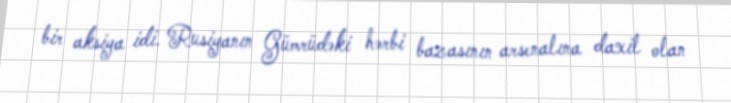
bir aksiya idi. Rusiyanın Gümrüdəki hərbi bazasının arsenalına daxil olan